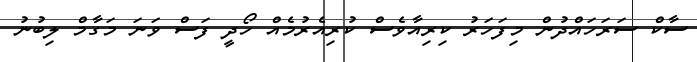
ސާކް ސަރަހައްދުން މިފަހަރު ކިރިއާވެސް ކުރިއެރުމެއް ހޯދީ ފަސް ވަަނަ މަގާމް ލިބުނު